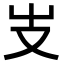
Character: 𠬢